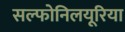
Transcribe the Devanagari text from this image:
सल्फोनिलयूरिया